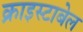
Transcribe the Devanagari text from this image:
क्राइस्टाबेल